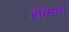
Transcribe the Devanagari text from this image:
हॅरिसला